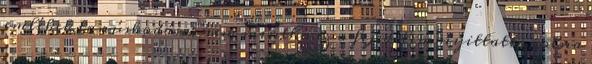
emlékek tanúskodása; nem mintha ez a fejedelem nyittatta volna